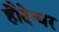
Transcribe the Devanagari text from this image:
हौदेश्वर